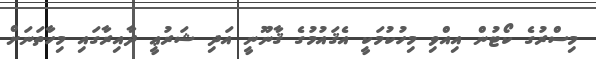
މިސްރުގެ ކޯޓުން އިއްވި މިހުކުމަކީ އެޤައުމުގެ ޤާނޫނީ އަދި ޝަރުޢީ ދާއިރާގައި މިހާތަނަށް